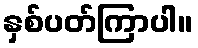
နှစ်ပတ်ကြာပါ။